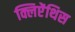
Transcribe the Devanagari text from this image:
क्लिऐंथिस